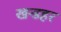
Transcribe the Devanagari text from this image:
खन्डहर